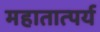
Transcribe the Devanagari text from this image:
महातात्पर्य